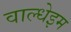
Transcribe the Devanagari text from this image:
वाल्धेइम